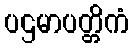
ပဌမာပတ္တိကံ